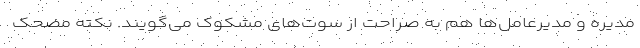
مدیره و مدیرعامل‌ها هم به صراحت از سوت‌های مشکوک می‌گویند. نکته مضحک